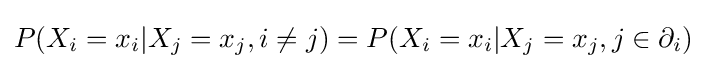
P(X_{i}=x_{i}|X_{j}=x_{j},i\neq j)=P(X_{i}=x_{i}|X_{j}=x_{j},j\in \partial _{i})